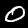
Label: 0